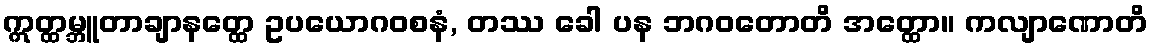
ဣတ္ထမ္ဘူတာချာနတ္ထေ ဥပယောဂဝစနံ, တဿ ခေါ ပန ဘဂဝတောတိ အတ္ထော။ ကလျာဏောတိ